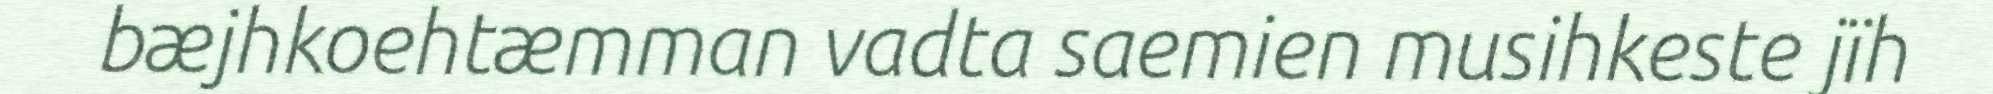
bæjhkoehtæmman vadta saemien musihkeste jïh